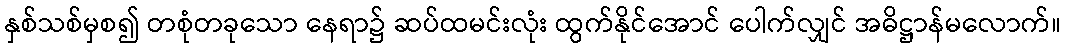
နှစ်သစ်မှစ၍ တစုံတခုသော နေရာ၌ ဆပ်ထမင်းလုံး ထွက်နိုင်အောင် ပေါက်လျှင် အဓိဋ္ဌာန်မလောက်။